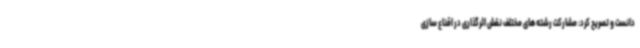
دانست و تصریح کرد: مشارکت رشته های مختلف نقش اثرگذاری در اقناع سازی